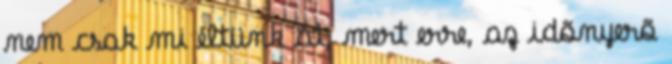
nem csak mi éltünk át, mert erre, az idõnyerõ